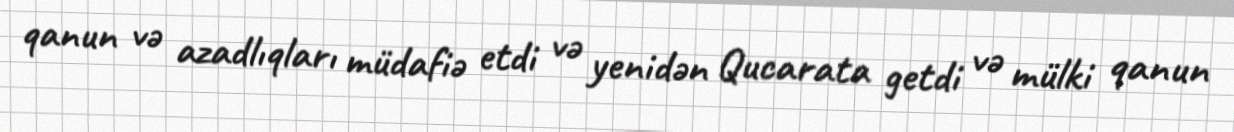
qanun və azadlıqları müdafiə etdi və yenidən Qucarata getdi və mülki qanun